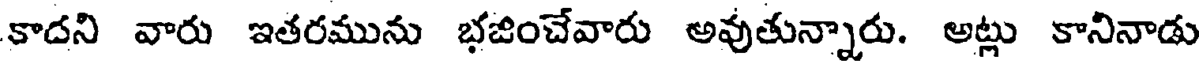
కాదని వారు ఇతరమును భజించేవారు అవుతున్నారు. అట్లు కానినాడు